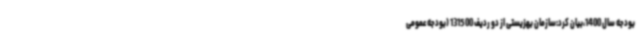
بودجه سال 1400،بیان کرد:سازمان بهزیستی از دو ردیف 131500 (بودجه عمومی